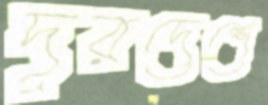
দূরদেশে